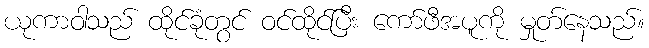
ယုကာဝါသည် ထိုင်ခုံတွင် ဝင်ထိုင်ပြီး ကော်ဖီအပူကို မှုတ်နေသည်။